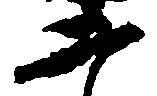
二